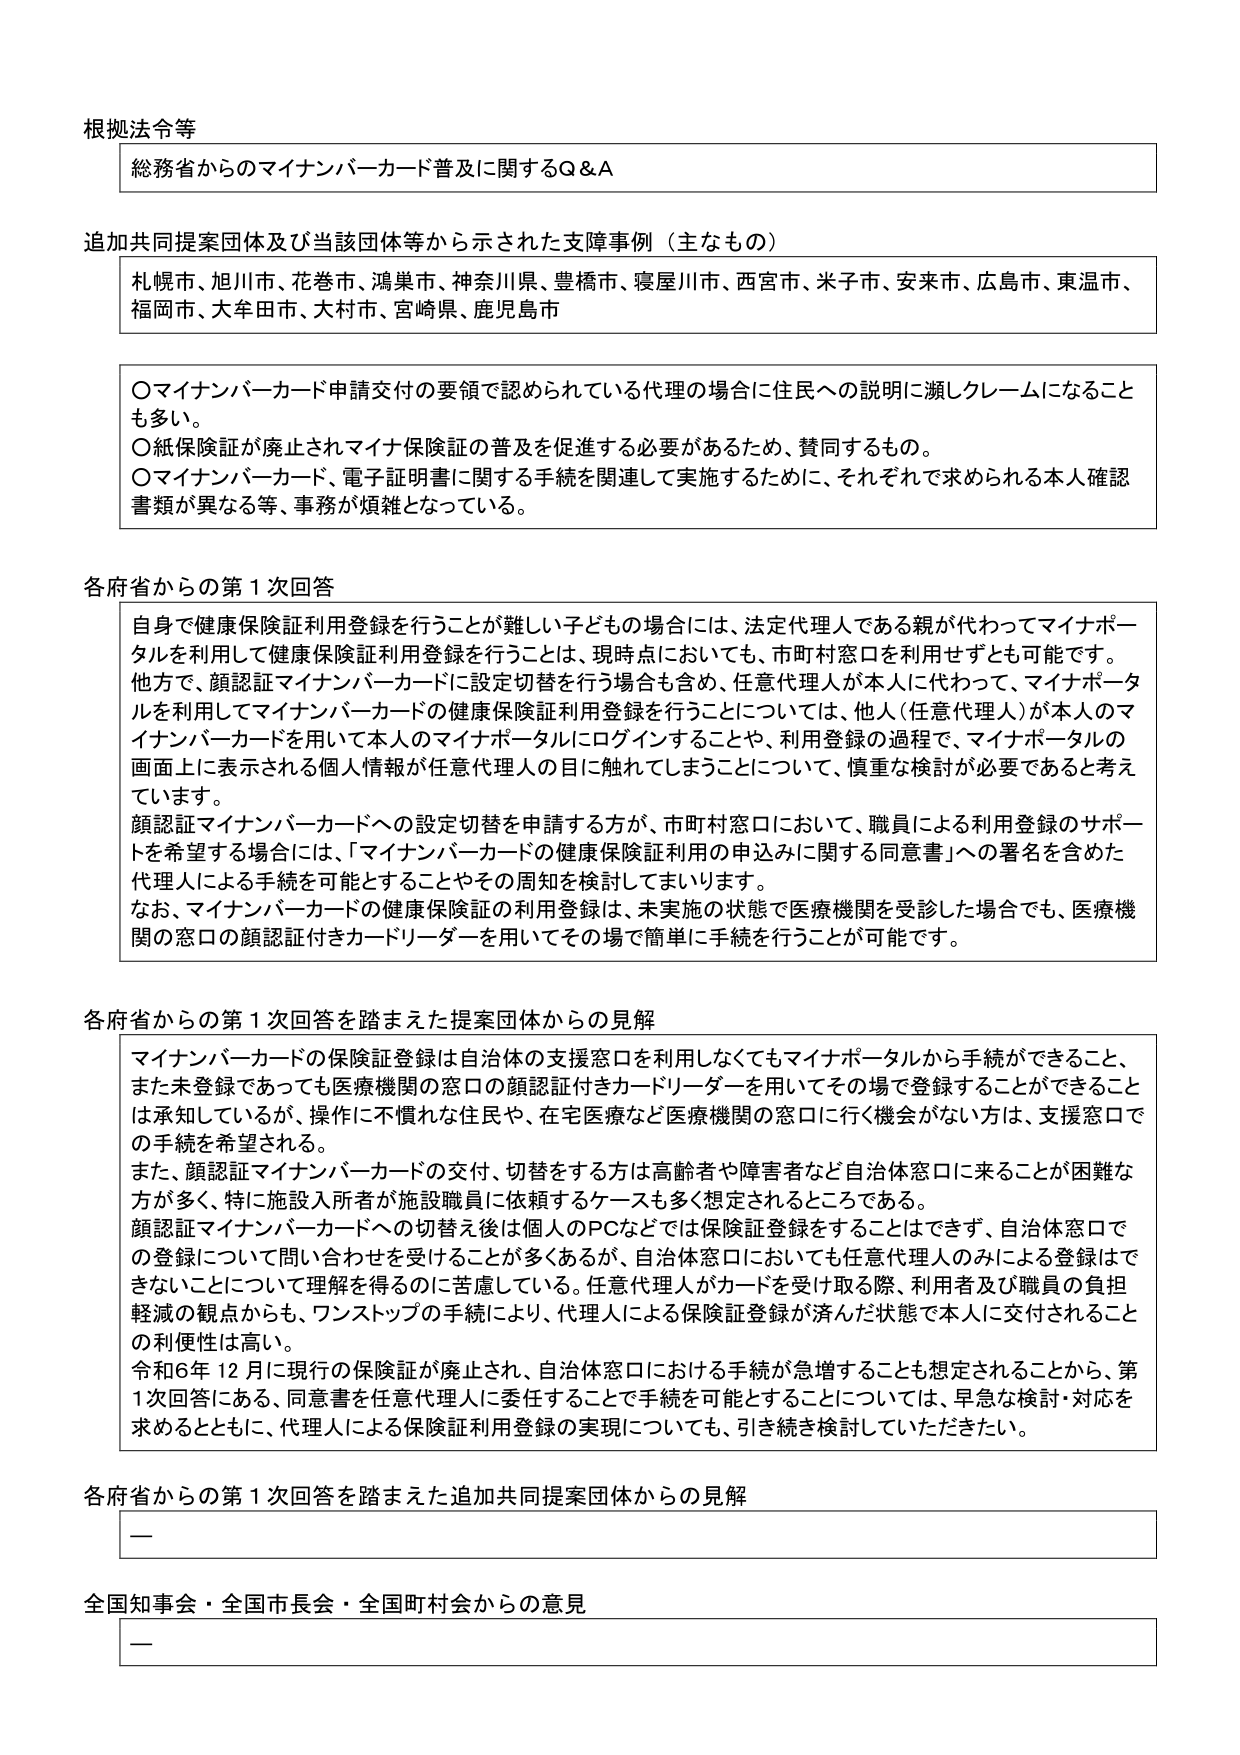
根拠法令等
総務省からのマイナンバーカード普及に関するQ＆A

追加共同提案団体及び当該団体等から示された支援事例（主なもの）
札幌市、旭川市、花巻市、鴻巣市、神奈川県、豊橋市、寝屋川市、西宮市、米子市、安来市、広島市、東温市、福岡市、大牟田市、大村市、宮崎県、鹿児島市

〇マイナンバーカード申請交付の要領で認められている代理の場合に住民への説明に瀕しクレームになることも多い。
〇紙保険証が廃止されマイナ保険証の普及を促進する必要があるため、賛同するもの。
〇マイナンバーカード、電子証明書に関する手続を関連して実施するために、それぞれで求められる本人確認書類が異なる等、事務が煩雑となっている。

各府省からの第1次回答
自身で健康保険証利用登録を行うことが難しい子どもの場合には、法定代理人である親が代わってマイナポータルを利用して健康保険証利用登録を行うことは、現時点においても、市町村窓口を利用せずとも可能です。
他方で、顔認証マイナンバーカードに設定切替を行う場合も含め、任意代理人が本人に代わって、マイナポータルを利用してマイナンバーカードの健康保険証利用登録を行うことについては、他人（任意代理人）が本人のマイナンバーカードを用いて本人のマイナポータルにログインすることや、利用登録の過程で、マイナポータルの画面上に表示される個人情報が任意代理人の目に触れてしまうことについて、慎重な検討が必要であると考えています。
顔認証マイナンバーカードへの設定切替を申請する方が、市町村窓口において、職員による利用登録のサポートを希望する場合には、「マイナンバーカードの健康保険証利用の申込みに関する同意書」への署名を含めた代理人による手続を可能とすることやその周知を検討してまいります。
なお、マイナンバーカードの健康保険証の利用登録は、未実施の状態で医療機関を受診した場合でも、医療機関の窓口の顔認証付きカードリーダーを用いてその場で簡単に手続を行うことが可能です。

各府省からの第1次回答を踏まえた提案団体からの見解
マイナンバーカードの保険証登録は自治体の支援窓口を利用しなくてもマイナポータルから手続ができること、または未登録であっても医療機関の窓口の顔認証付きカードリーダーを用いてその場で登録することができることは承知しているが、操作に不慣れな住民や、在宅医療など医療機関の窓口に行く機会がない方は、支援窓口での手続を希望される。
また、顔認証マイナンバーカードの交付、切替をする方は高齢者や障害者など自治体窓口に来ることが困難な方が多く、特に施設入所者が施設職員に依頼するケースも多く想定されるところである。
顔認証マイナンバーカードへの切替え後は個人のPCなどでは保険証登録をすることはできず、自治体窓口での登録について問い合わせを受けることが多くあるが、自治体窓口においても任意代理人のみによる登録はできないことについて理解を得るのに苦慮している。任意代理人がカードを受け取る際、利用者及び職員の負担軽減の観点からも、ワンストップの手続により、代理人による保険証登録が済んだ状態で本人に交付されることの利便性は高い。
令和6年12月に現行の保険証が廃止され、自治体窓口における手続が急増することも想定されることから、第1次回答にある、同意書を任意代理人に委任することで手続を可能とすることについては、早急な検討・対応を求めるとともに、代理人による保険証利用登録の実現についても、引き続き検討していただきたい。

各府省からの第1次回答を踏まえた追加共同提案団体からの見解
ー

全国知事会・全国市長会・全国町村会からの意見
ー